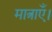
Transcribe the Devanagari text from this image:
मात्राएँ।